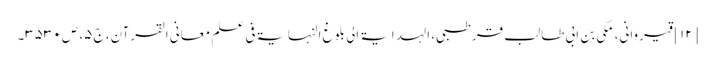
[۱۲] قیروانی، مکی بن ابی طالب قرطبی، الہدایۃ الی بلوغ النہایۃ فی علم معانی القرآن، ج ۵، ص ۳۵۳۰۔